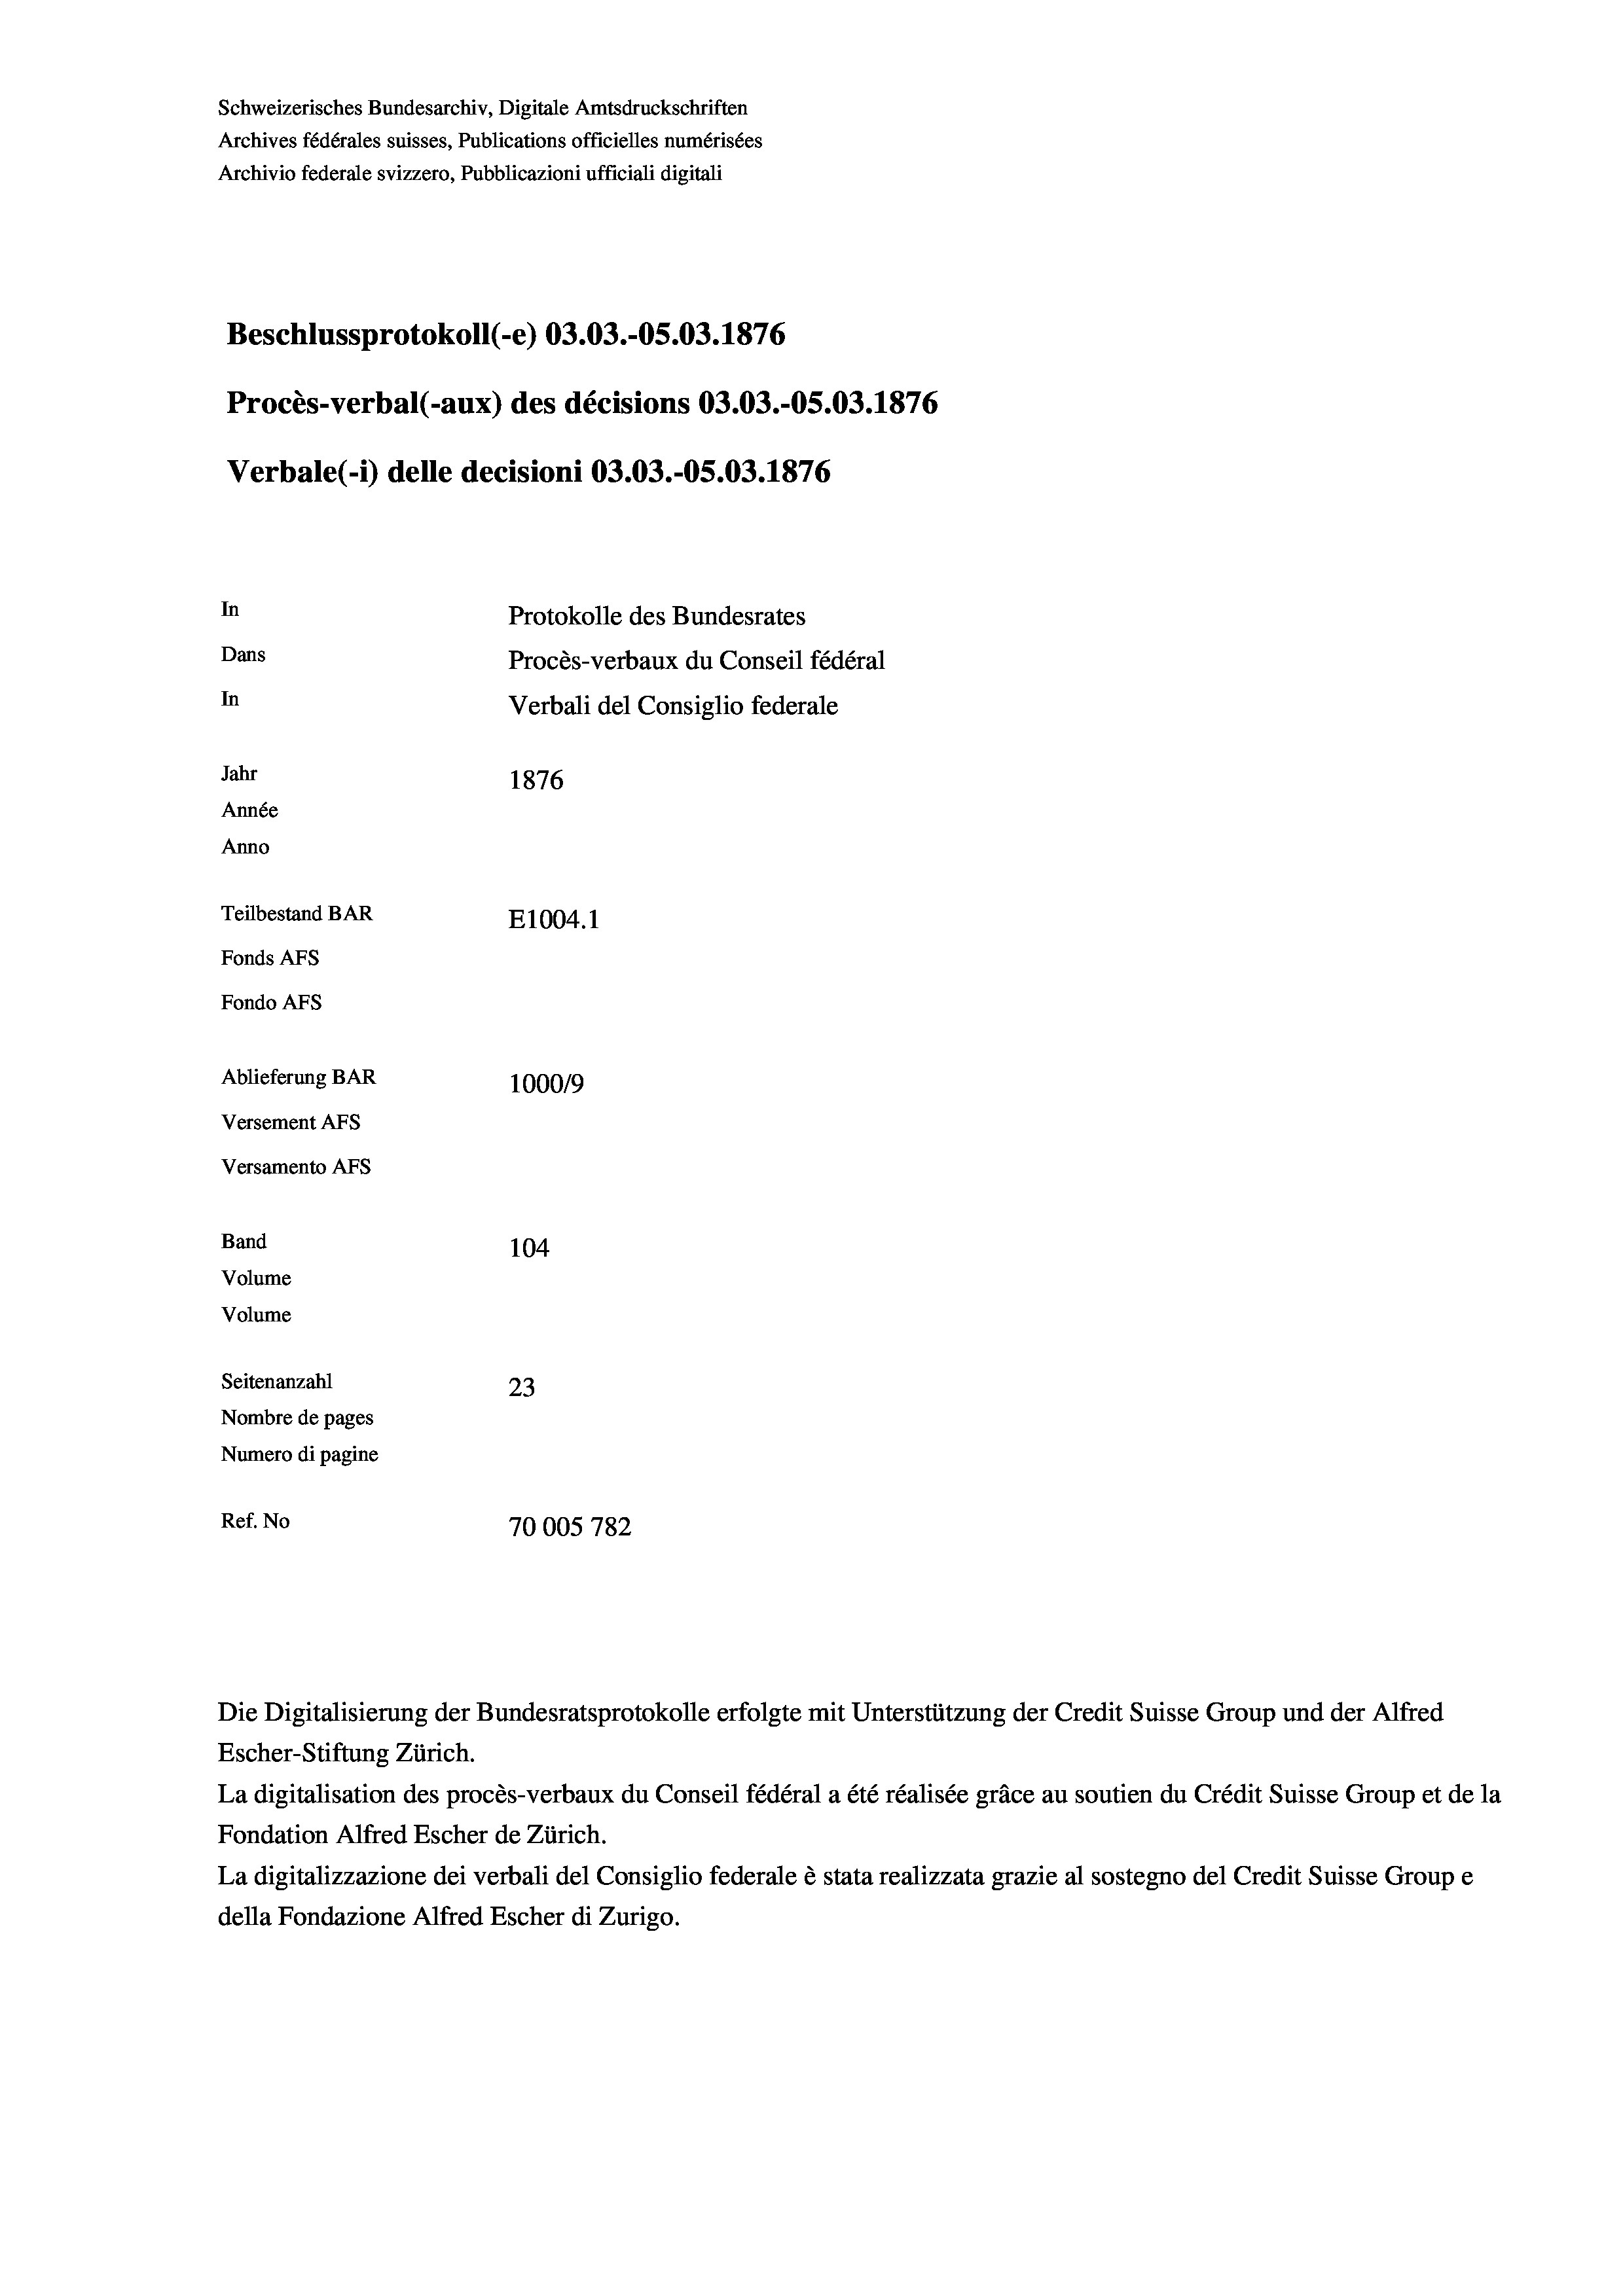
Schweizerisches Bundesarchiv, Digitale Amtsdruckschriften
Archives fédérales suisses, Publications officielles numérisées
Archivio federale svizzero, Pubblicazioni ufficiali digitali
Beschlussprotokoll (-e) 03.03.-05.03. 1876
Procès-verbal (-aux) des décisions 03.03.-05.03. 1876
Verbale(-*) delle decisioni 03.03.-OS.03. 1876
In
Protokolle des Bundesrates
Dans
Procès-verbaux du Conseil fédéral
In
Verbali del Consiglio federale
Jahr
1876
Année
Anno
Teilbestand BAR
E1004.1
Fonds AFs
Fondo Afs
Ablieferung BAR
100019
Versement AFs
Versamento Afs
Band
104

Volume
Volume
Seitenanzahl
23
Nombre de pages
Numero di pagine
Ref. No
70005 782

Escher-Stiftung Zürich.
La digitalisation des procès-verbaux du Conseil fédéral a été réalisée gräce au soutien du Crédit Suisse Group et de la
Fondation Alfred Escher de Zürich.
La digitalizzazione dei verbali del Consiglio federale è stata realizzata grazie al sostegno del Credit Suisse Groupe
della Fondazione Alfred Escher di Zurigo.

Die Digitalisierung der Bundesratsprotokolle erfolgte mit Unterstützung der Credit Suisse Group und der Alfred